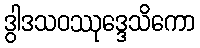
ဒွါဒသဝဿုဒ္ဒေသိကော